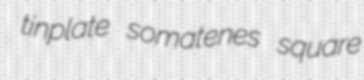
tinplate somatenes square